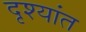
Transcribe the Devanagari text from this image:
दृश्यांत